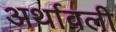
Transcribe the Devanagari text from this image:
अर्थावली